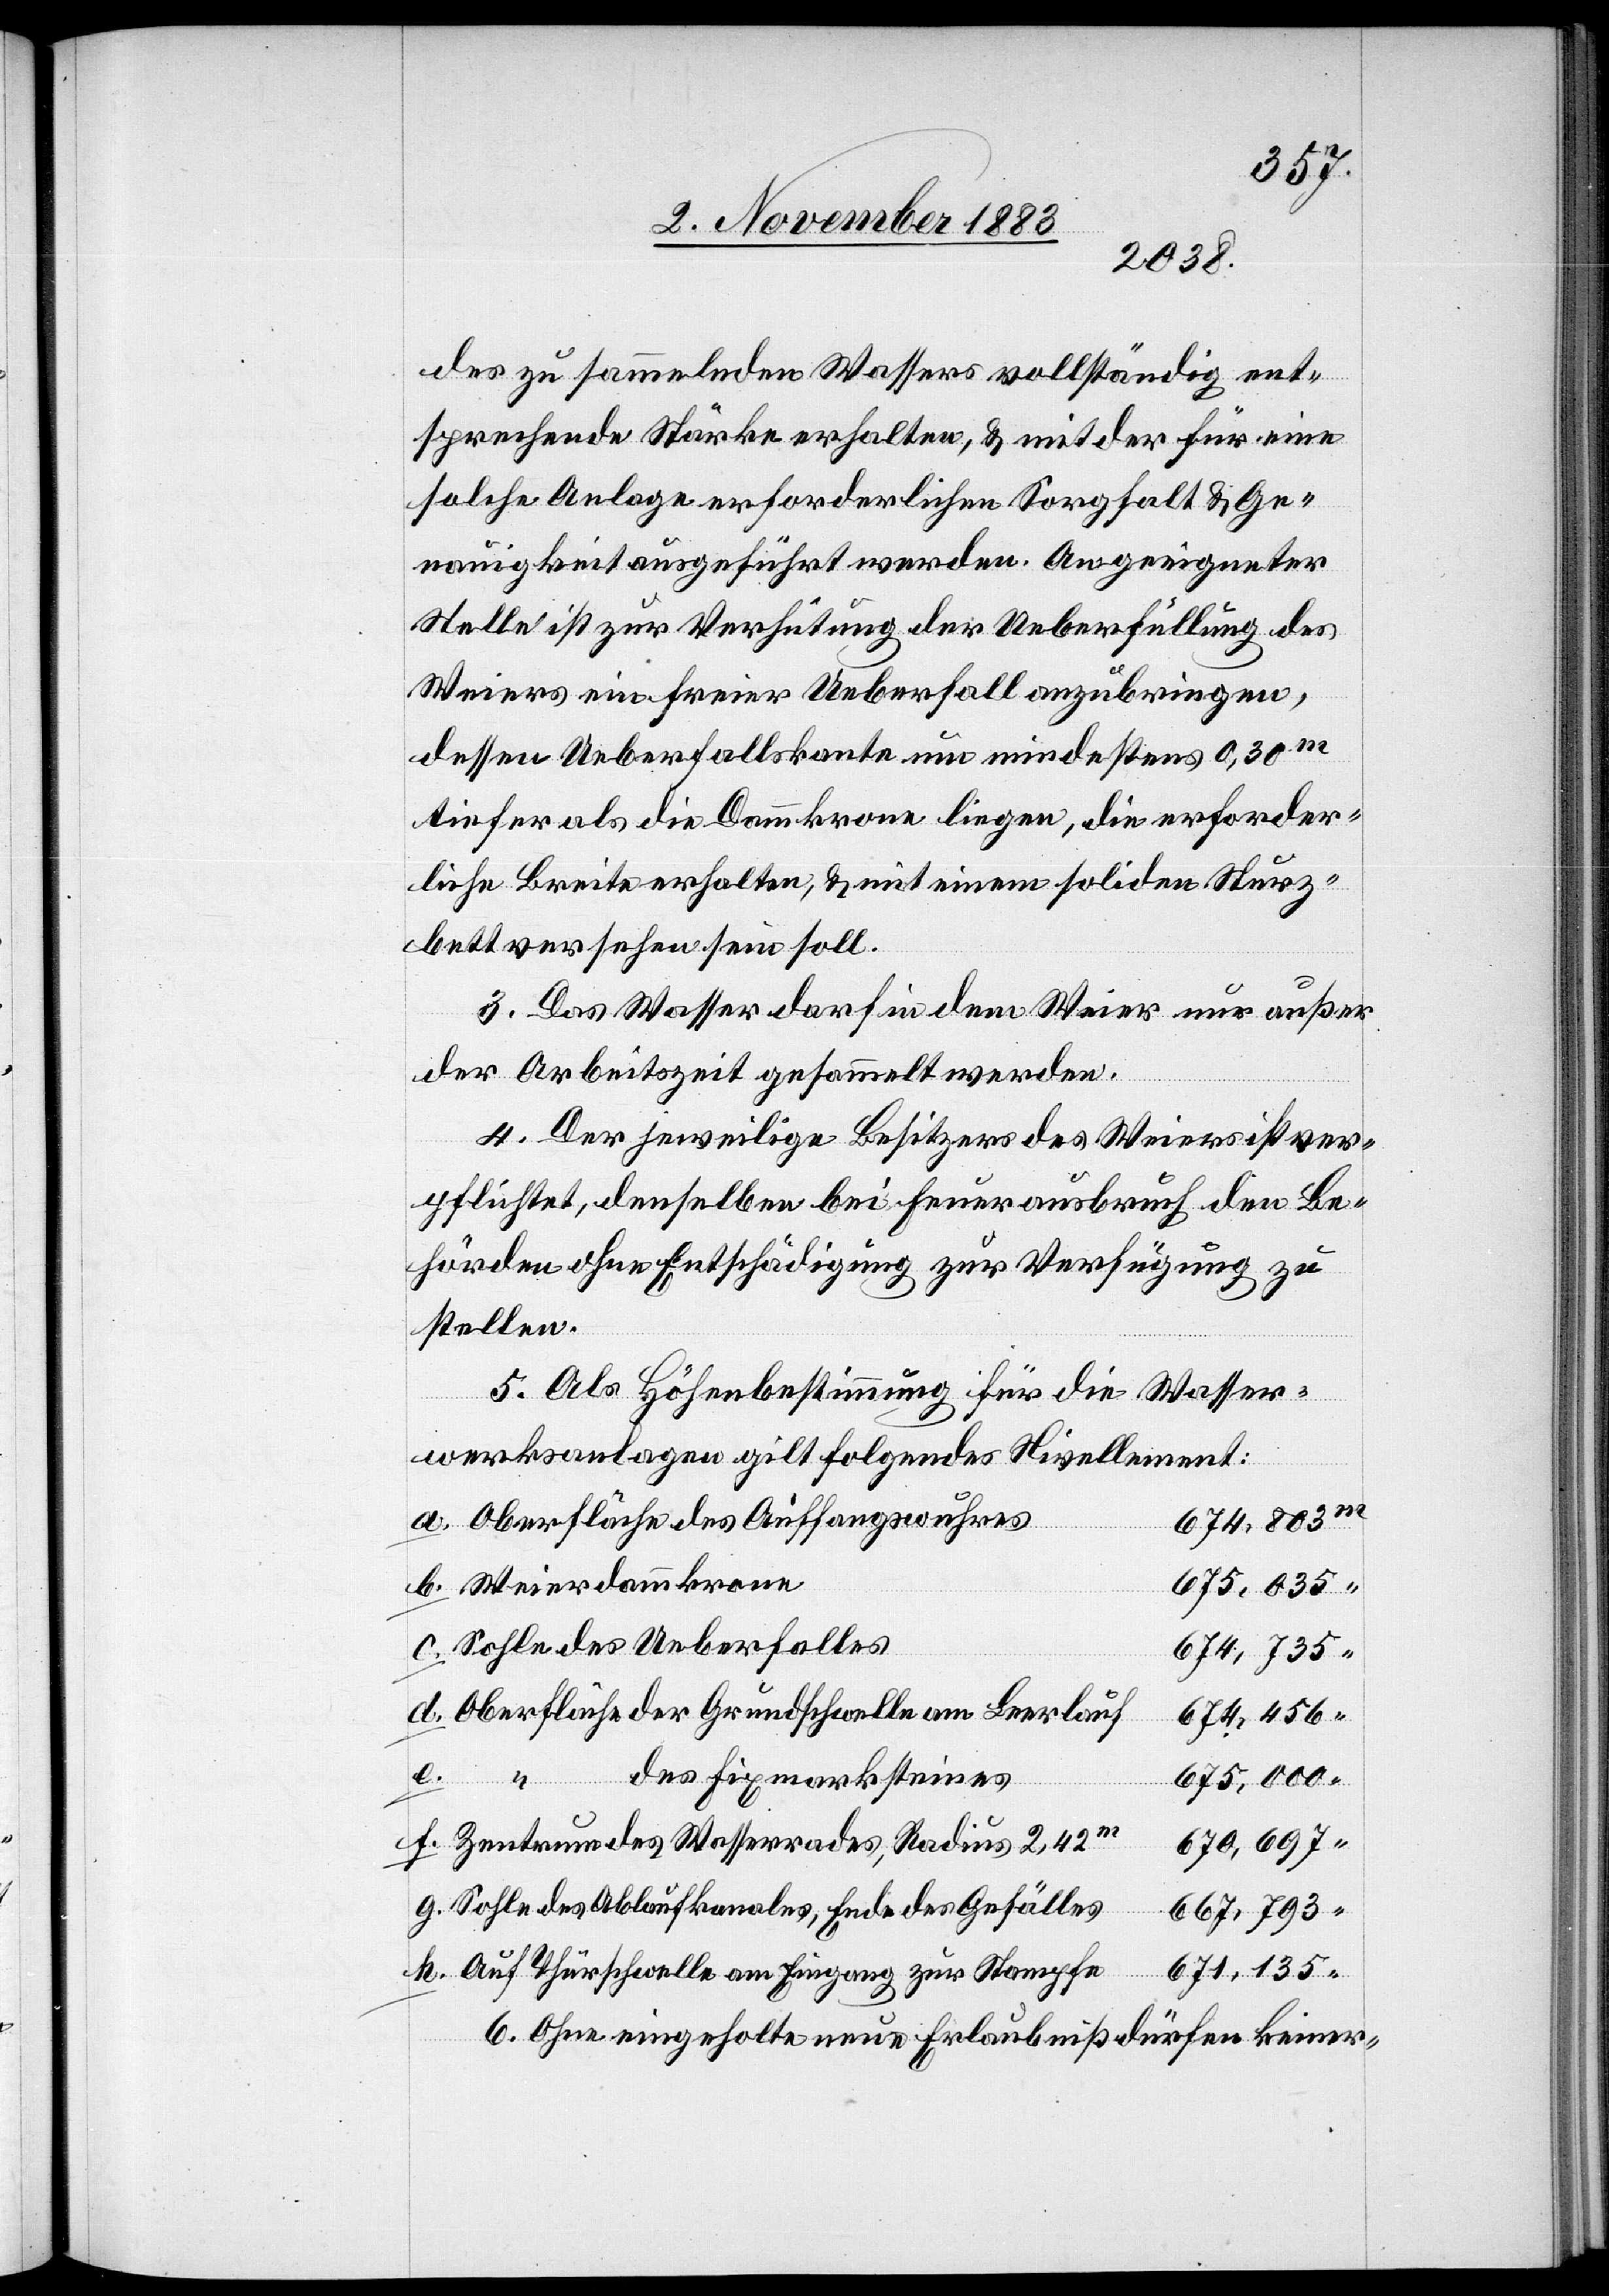
des zu sammelnden Wassers vollständig ent¬
sprechende Stärke erhalten, & mit der für eine
solche Anlage erforderlichen Sorgfalt & Ge¬
nauigkeit ausgeführt werden. An geeigneter
Stelle ist zur Verhütung der Ueberfüllung des
Weiers ein freier Ueberfall anzubringen,
dessen Ueberfallkante um mindestens 0,30 m
tiefer als die Dammkrone liegen, die erforder¬
liche Breite erhalten, & mit einem soliden Sturz¬
bett versehen sein soll.
3. Das Wasser darf in dem Weier nur außer
der Arbeitszeit gesammelt werden.
4. Der jeweilige Besitzer des Weiers ist ver¬
pflichtet, denselben bei Feuerausbruch den Be¬
hörden ohne Entschädigung zur Verfügung zu
stellen.
5. Als Höhenbestimmung für die Wasser¬
werksanlagen gilt folgendes Nivellement:
Oberfläche des Auffangswuhres
674,803
675,035
Sohle des Ueberfalles
674,735
Oberfläche der Grundschwelle am Leerlauf
674,456
des Fixmarksteines
Weierdam¬
mkrone
675,000
670,697
Zentrum des Wasserrades, Radius 2,42 m
Sohle des Ablaufkanales, Ende des Gefälles
Auf Thürschwelle am Eingang zur Stampfe
671,135
6. Ohne eingeholte neue Erlaubniß dürfen keiner-